Vaccination in Burma 1920-1933 - 1920-1933
Year: 1920
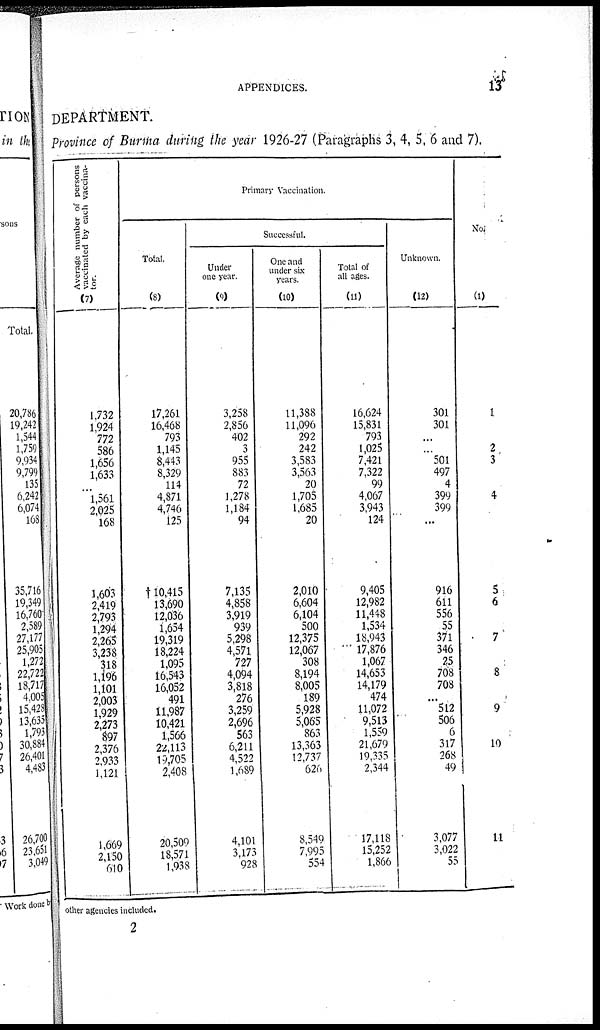
APPENDICES.
13
DEPARTMENT.
Province of Burma during the year 1926-27 (Paragraphs 3, 4, 5, 6 and 7).
Average number of persons
vaccinated by each vaccina-
tor.
(7)
1,732
1,924
772
586
1,656
1,633
...
1,561
2,025
168
1,603
2,419
2,793
1,294
2,265
3,238
318
1,196
1,101
2,003
1,929
2,273
897
2,376
2,933
1,121
1,669
2,150
610
Primary Vaccination.
Total.
(8)
17,261
16,468
793
1,145
8,443
8,329
114
4,871
4,746
125
†10,415
13,690
12,036
1,654
19,319
18,224
1,095
16,543
16,052
491
11,987
10,421
1,566
22,113
19,705
2,408
20,509
18,571
1,938
Successful.
Under
one year.
(9)
3,258
2,856
402
3
955
883
72
1,278
1,184
94
7,135
4,858
3,919
939
5,298
4,571
727
4,094
3,818
276
3,259
2,696
563
6,211
4,522
1,689
4,101
3,173
928
One and
under six
years.
(10)
11,388
11,096
292
242
3,583
3,563
20
1,705
1,685
20
2,010
6,604
6,104
500
12,375
12,067
308
8,194
8,005
189
5,928
5,065
863
13,363
12,737
626
8,549
7,995
554
Total of
all ages.
(11)
16,624
15,831
793
1,025
7,421
7,322
99
4,067
3,943
124
9,405
12,982
11,448
1,534
18,943
17,876
1,067
14,653
14,179
474
11,072
9,513
1,559
21,679
19,335
2,344
17,118
15,252
1,866
Unknown.
(12)
301
301
...
...
501
497
4
399
399
...
916
611
556
55
371
346
25
708
708
...
512
506
6
317
268
49
3,077
3,022
55
No.
(1)
1
2
3
4
5
6
7
8
9
10
11
other agencies included.
2